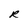
Character: R